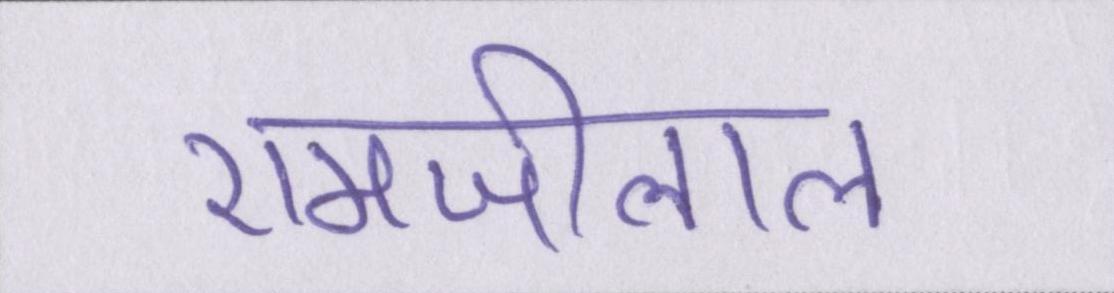
रामजीलाल